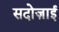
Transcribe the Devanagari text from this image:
सदोज़ाई